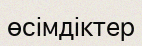
өсімдіктер